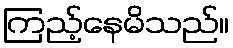
ကြည့်နေမိသည်။